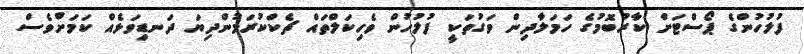
ފުލުހުންގެ ޕޯސްޓަށް ކާރުބޮމުގެ ހަމަލާދިން ވަގުތަކީ ފުލުހުން ވެހިކަލްތައް ޗެކްކުރަމުންދިޔަ ދަނޑިވަޅެއް ކަމަށްވެސް